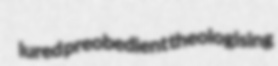
lured preobedient theologising